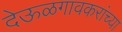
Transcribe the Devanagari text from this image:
देऊळगावकरांच्या